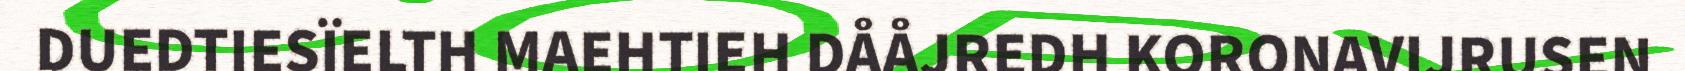
DUEDTIESÏELTH MAEHTIEH DÅÅJREDH KORONAVIJRUSEN